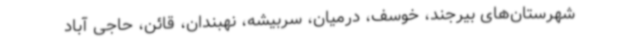
شهرستان‌های بیرجند، خوسف، درمیان، سربیشه، نهبندان، قائن، حاجی آباد